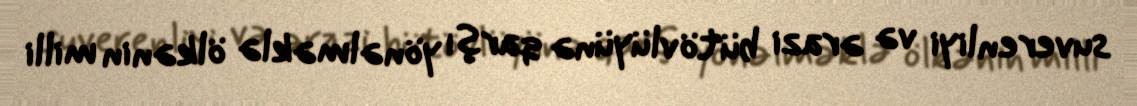
suverenliyi və ərazi bütövlüyünə qarşı yönəlməklə ölkənin milli